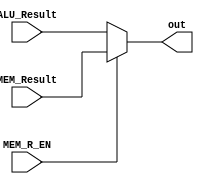
module WB_Stage(
  input[31:0] ALU_Result, MEM_Result, 
  input MEM_R_EN, 
  output[31:0] out
);
  assign out = MEM_R_EN ? MEM_Result : ALU_Result;
endmodule